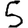
Digit: 5